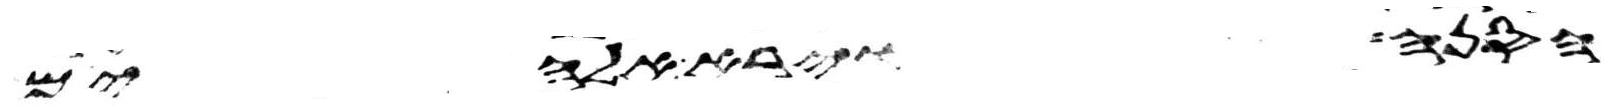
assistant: הסנה וירא אלהים